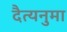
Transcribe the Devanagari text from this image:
दैत्यनुमा